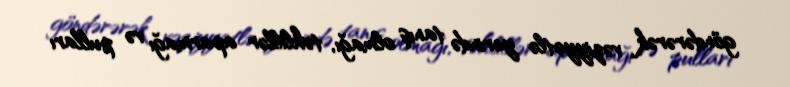
göndərərək vəziyyətlə yerində tanış olmağı, təhlillər aparmağı və pulları